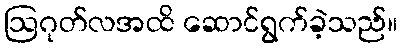
ဩဂုတ်လအထိ ဆောင်ရွက်ခဲ့သည်။